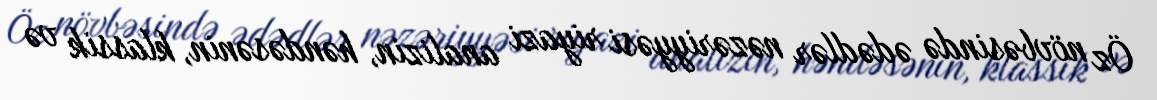
Öz növbəsində ədədlər nəzəriyyəsi riyazi analizin, həndəsənin, klassik və